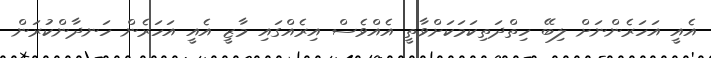
އެއީ އަހަރެންނަށް ލިބޭ ހިތްދަތިކަމަކަށްވާތީ އެއްވެސް އިރެއްގައި މާޒީ އެއީ އަހަރެން ހަނދާންކުރަން